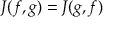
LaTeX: J ( f , g ) = J ( g , f )